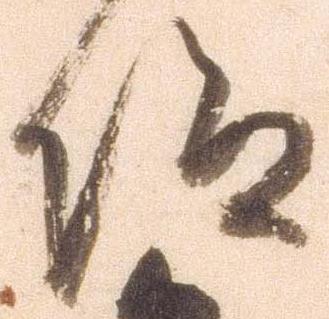
仰